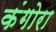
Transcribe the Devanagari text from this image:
कंगोरा